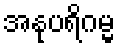
အနုပရိဂမ္မ